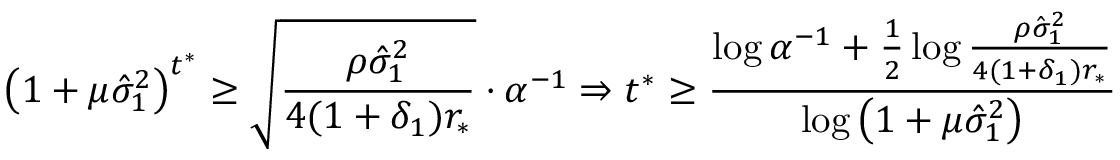
\left( 1 + \mu \hat { \sigma } _ { 1 } ^ { 2 } \right) ^ { t ^ { * } } \geq \sqrt { \frac { \rho \hat { \sigma } _ { 1 } ^ { 2 } } { 4 ( 1 + \delta _ { 1 } ) r _ { * } } } \cdot \alpha ^ { - 1 } \Rightarrow t ^ { * } \geq \frac { \log \alpha ^ { - 1 } + \frac { 1 } { 2 } \log \frac { \rho \hat { \sigma } _ { 1 } ^ { 2 } } { 4 ( 1 + \delta _ { 1 } ) r _ { * } } } { \log \left( 1 + \mu \hat { \sigma } _ { 1 } ^ { 2 } \right) }